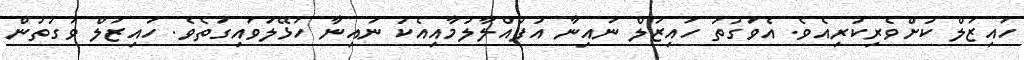
ހައިޒަލް ކުށްވެރިކުރިއެވެ. އެވަގުތު ހައިޒަލް ނައިނާ އުފުއްލާލުމާއިއެކު ނައިނާ ހަޅޭލަވައިގަތެވެ. ހައިޒަލް ވަގުތުން